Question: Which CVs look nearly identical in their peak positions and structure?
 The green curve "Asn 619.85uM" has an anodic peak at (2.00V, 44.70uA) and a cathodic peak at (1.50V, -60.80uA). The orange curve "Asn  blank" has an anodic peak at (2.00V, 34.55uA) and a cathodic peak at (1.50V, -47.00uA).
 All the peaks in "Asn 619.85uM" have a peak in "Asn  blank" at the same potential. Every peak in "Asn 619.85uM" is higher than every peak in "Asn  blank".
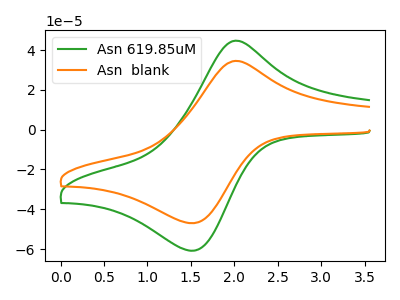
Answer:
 <answer>"Asn 619.85uM" and "Asn  blank" have the same shape and are likely CV's of the same chemical.</answer>
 <eval>"Asn 619.85uM" "Asn  blank"</eval>